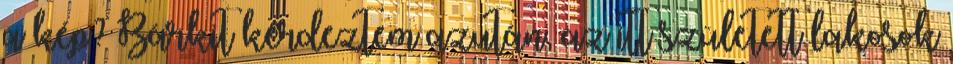
a kép? Bárkit kérdeztem azután, az itt született lakosok